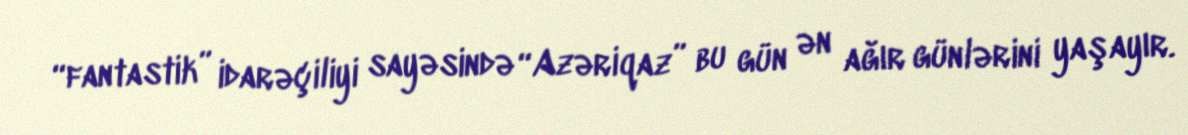
“fantastik” idarəçiliyi sayəsində “Azəriqaz” bu gün ən ağır günlərini yaşayır.